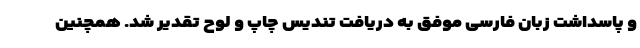
و پاسداشت زبان فارسی موفق به دریافت تندیس چاپ و لوح تقدیر شد. همچنین